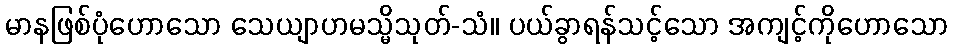
မာနဖြစ်ပုံဟောသော သေယျာဟမသ္မိသုတ်-သံ။ ပယ်ခွာရန်သင့်သော အကျင့်ကိုဟောသော